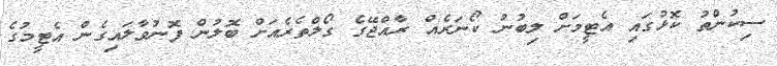
ސިކުންތު ކޮޅުގައި އެޓީމަށް ލިބުނު ކޯނަރެއް ރާއްޖޭގެ ގޯލްތެރެއަށް ބޮލުން ފޮނުވާލައިގެން އެޓީމުގެ